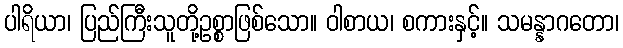
ပါရိယာ၊ ပြည်ကြီးသူတို့ဥစ္စာဖြစ်သော။ ဝါစာယ၊ စကားနှင့်။ သမန္နာဂတော၊